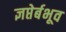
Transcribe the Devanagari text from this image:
ज्ञप्तेर्बभूव